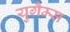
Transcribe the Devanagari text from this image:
युगैम्स